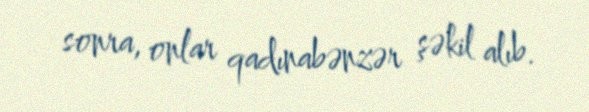
sonra, onlar qadınabənzər şəkil alıb.